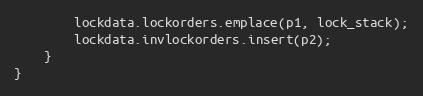
Language: C++
        lockdata.lockorders.emplace(p1, lock_stack);
        lockdata.invlockorders.insert(p2);
    }
}